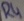
Text: R4